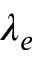
\lambda _ { e }